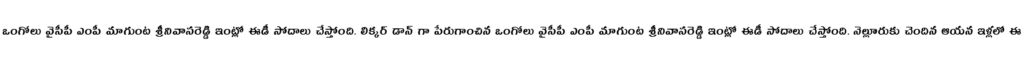
ఒంగోలు వైసీపీ ఎంపీ మాగుంట శ్రీనివాసరెడ్డి ఇంట్లో ఈడీ సోదాలు చేస్తోంది. లిక్కర్ డాన్ గా పేరుగాంచిన ఒంగోలు వైసీపీ ఎంపీ మాగుంట శ్రీనివాసరెడ్డి ఇంట్లో ఈడీ సోదాలు చేస్తోంది. నెల్లూరుకు చెందిన ఆయన ఇళ్లలో ఈ